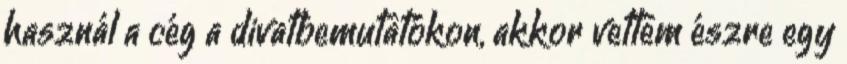
használ a cég a divatbemutatókon, akkor vettem észre egy